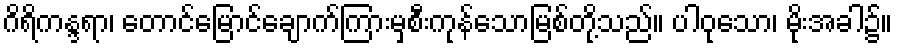
ဂိရိကန္ဒရာ၊ တောင်မြောင်ချောက်ကြားမှစီးကုန်သောမြစ်တို့သည်။ ပါဝုသော၊ မိုးအခါ၌။